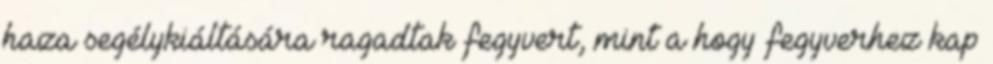
haza segélykiáltására ragadtak fegyvert, mint a hogy fegyverhez kap